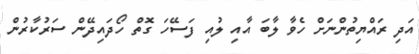
އަދި ރައްޔިތުންނަށް ހެވާ ލާބަ އާއި ލުއި ފަސޭހަ ގޮތް ހޯދައިދޭން ސަރުކާރުން